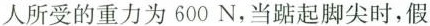
人所受的重力为600N，当踮起脚尖时，假